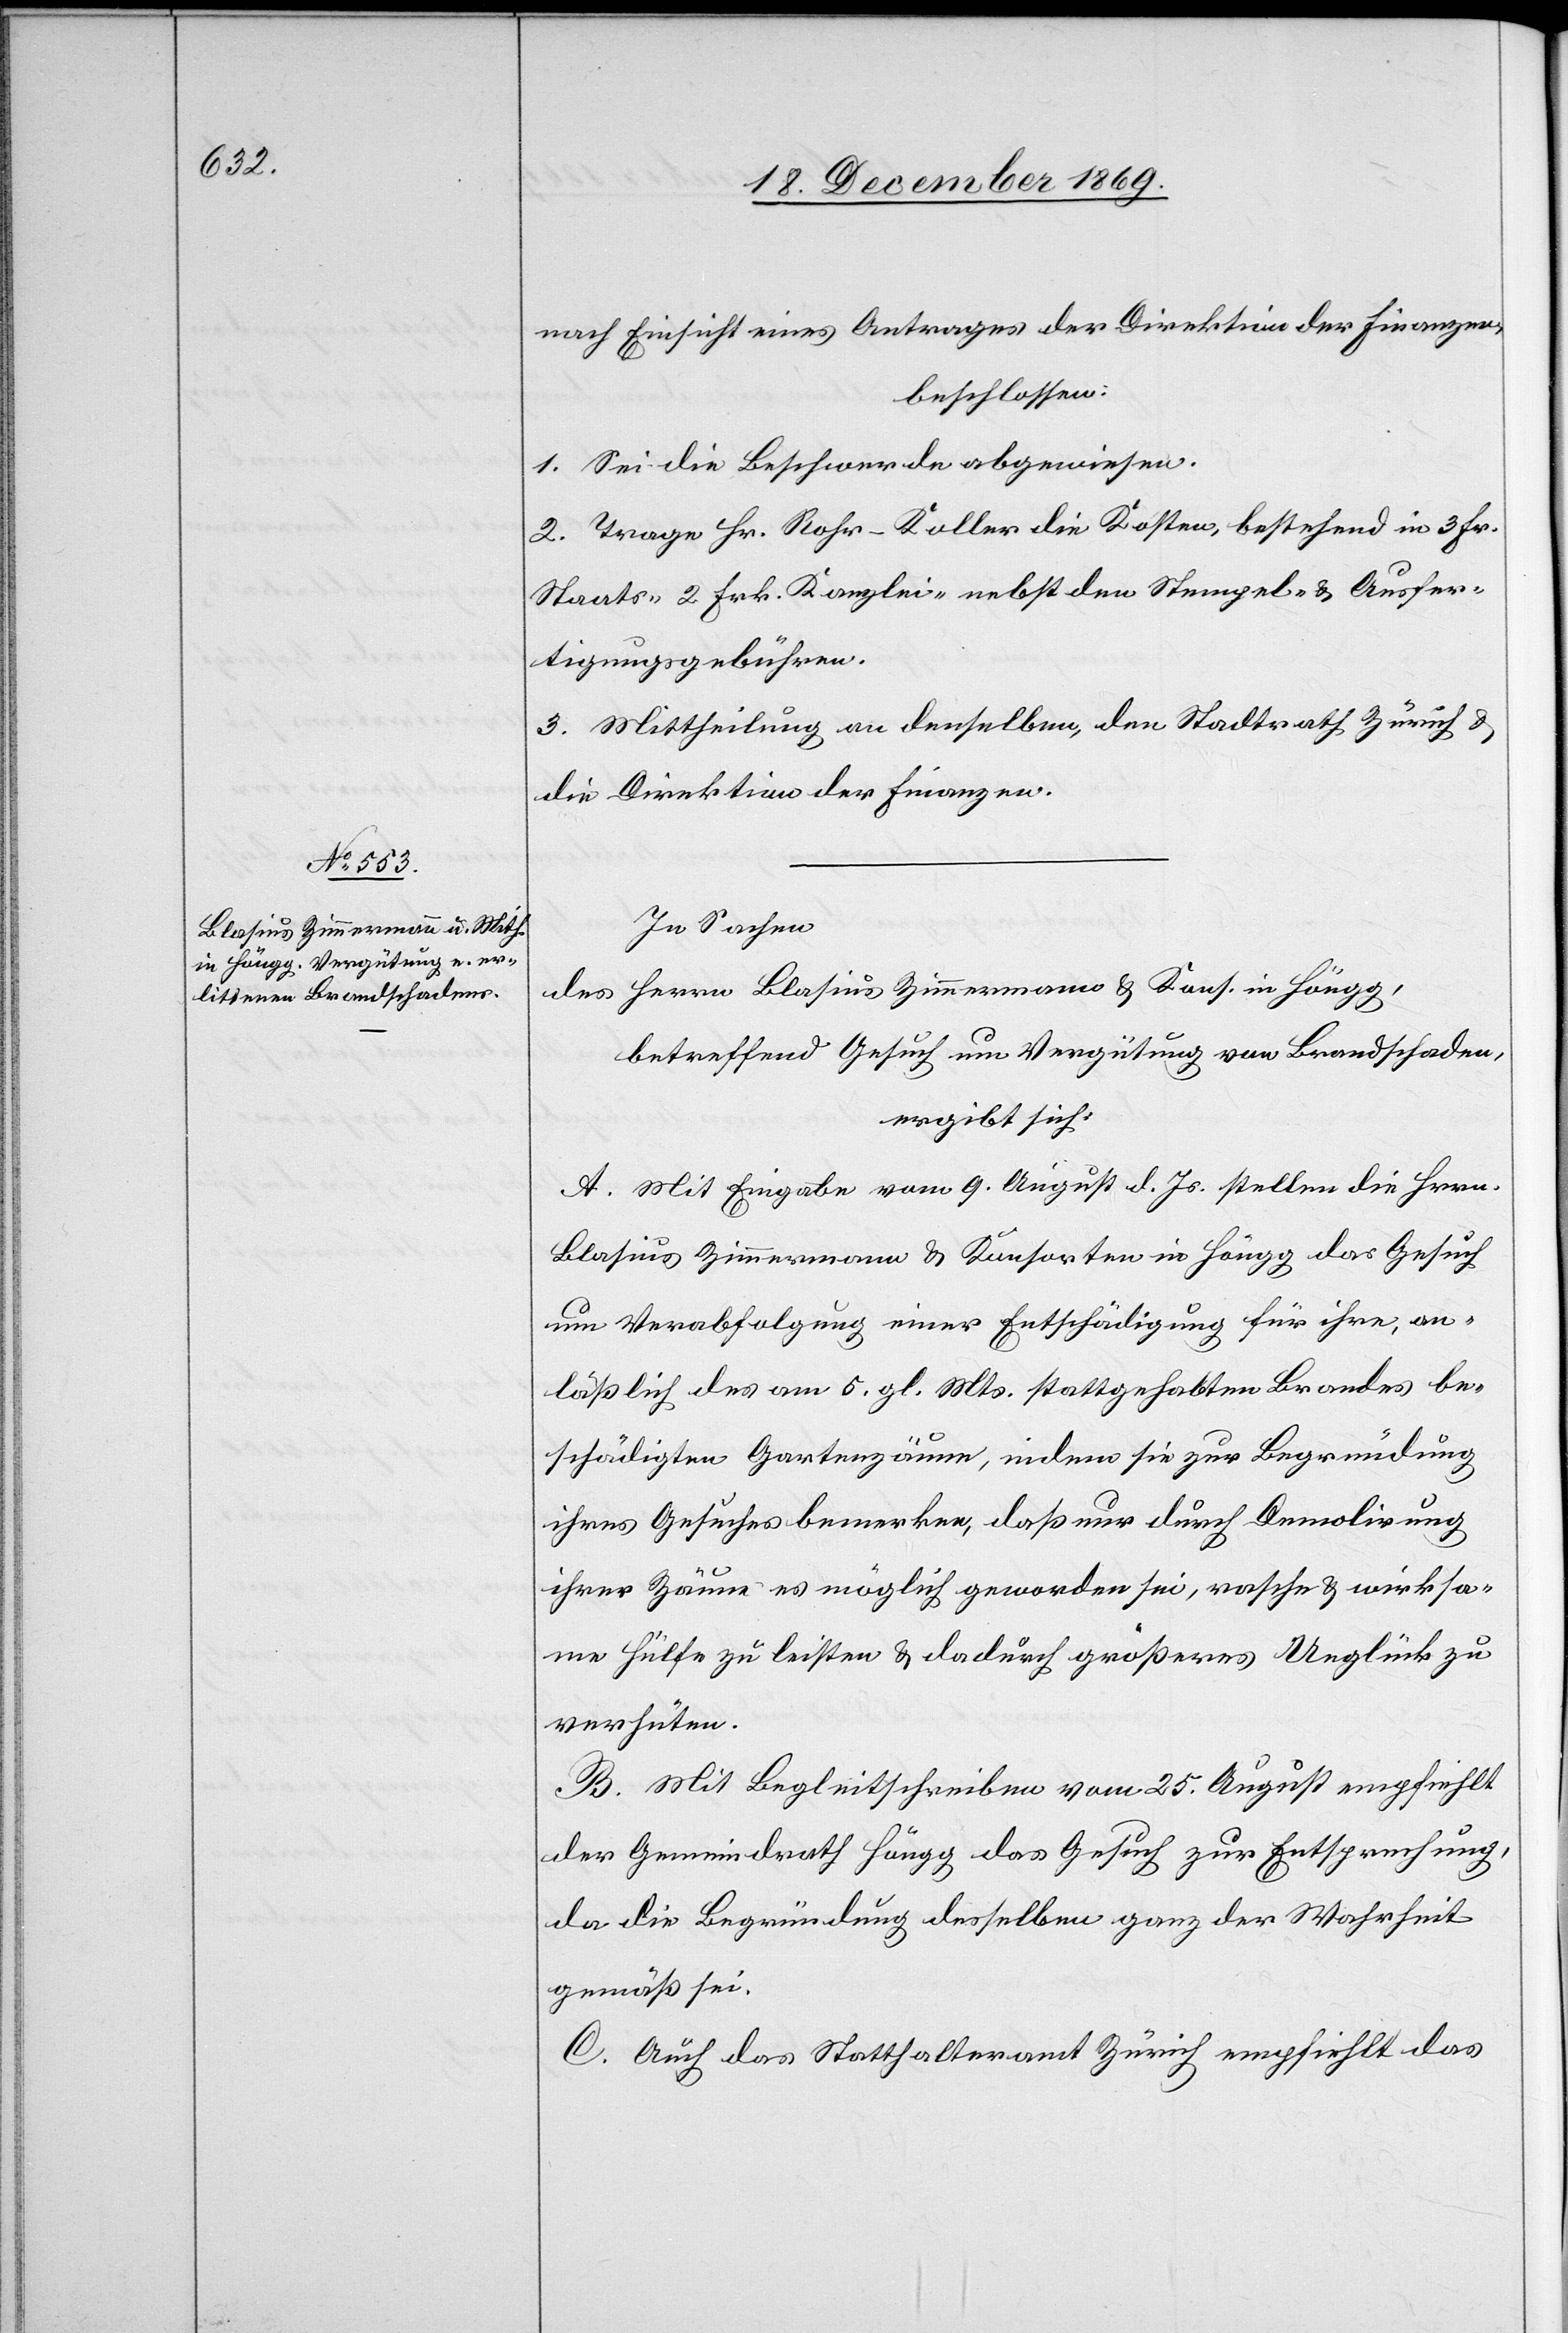
nach Einsicht eines Antrages der Direktion der Finanzen,
beschlossen:
1. Sei die Beschwerde abgewiesen.
2. Trage Hr. Rohr-Koller die Kosten, bestehend in 3 Fr.
Staats-[,] 2 Frk. Kanzlei-[,] nebst den Stempel- & Ausfer¬
tigungsgebühren.
3. Mittheilung an denselben, den Stadtrath Zürich &
die Direktion der Finanzen.
In Sachen
des Herrn Blasius Zimmermann & Kons. in Höngg,
betreffend Gesuch um Vergütung von Brandschaden,
ergibt sich:
A. Mit Eingabe vom 9. August d. Js. stellen die Hrrn.
Blasius Zimmermann & Konsorten in Höngg das Gesuch
um Verabfolgung einer Entschädigung für ihre, an¬
läßlich des am 5. gl. Mts. stattgehabten Brandes be¬
schädigten Gartenzäune, indem sie zur Begründung
ihres Gesuches bemerken, daß nur durch Demolirung
ihrer Zäune es möglich geworden sei, rasche & wirksa¬
me Hülfe zu leisten & dadurch größeres Unglück zu
verhüten.
B. Mit Begleitschreiben vom 25. August empfiehlt
der Gemeindrath Höngg das Gesuch zur Entsprechung,
da die Begründung desselben ganz der Wahrheit
gemäß sei.
C. Auch das Statthalteramt Zürich empfiehlt das